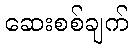
ဆေးစစ်ချက်